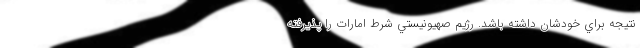
نتيجه براي خودشان داشته باشد. رژيم صهيونيستي شرط امارات را پذيرفته